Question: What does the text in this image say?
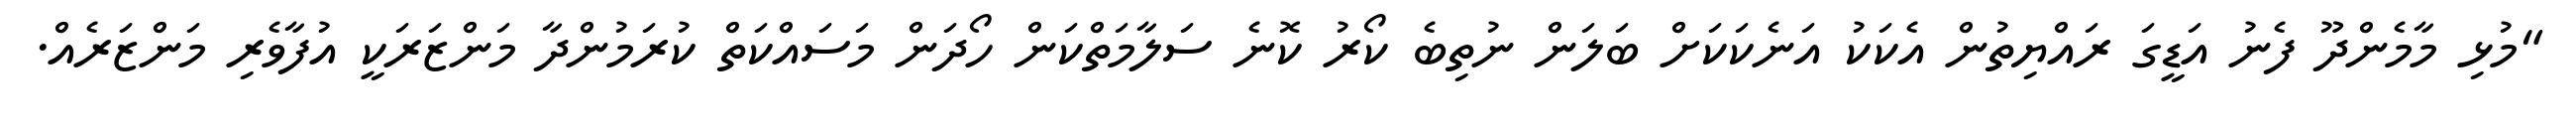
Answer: "މުޅި މާމެންދޫ ފެނު އަޑީގަ ރައްޔިތުން އެކަކު އަނެކަކަށް ބަލަން ނުތިބެ ކޯރު ކޮނެ ސަލާމަތްކަން ހޯދަން މަސައްކަތް ކުރަމުންދާ މަންޒަރަކީ އުފާވެރި މަންޒަރެއް.